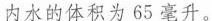
内水的体积为65毫升。